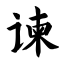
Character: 谏